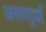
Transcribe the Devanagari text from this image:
असणार्र्या